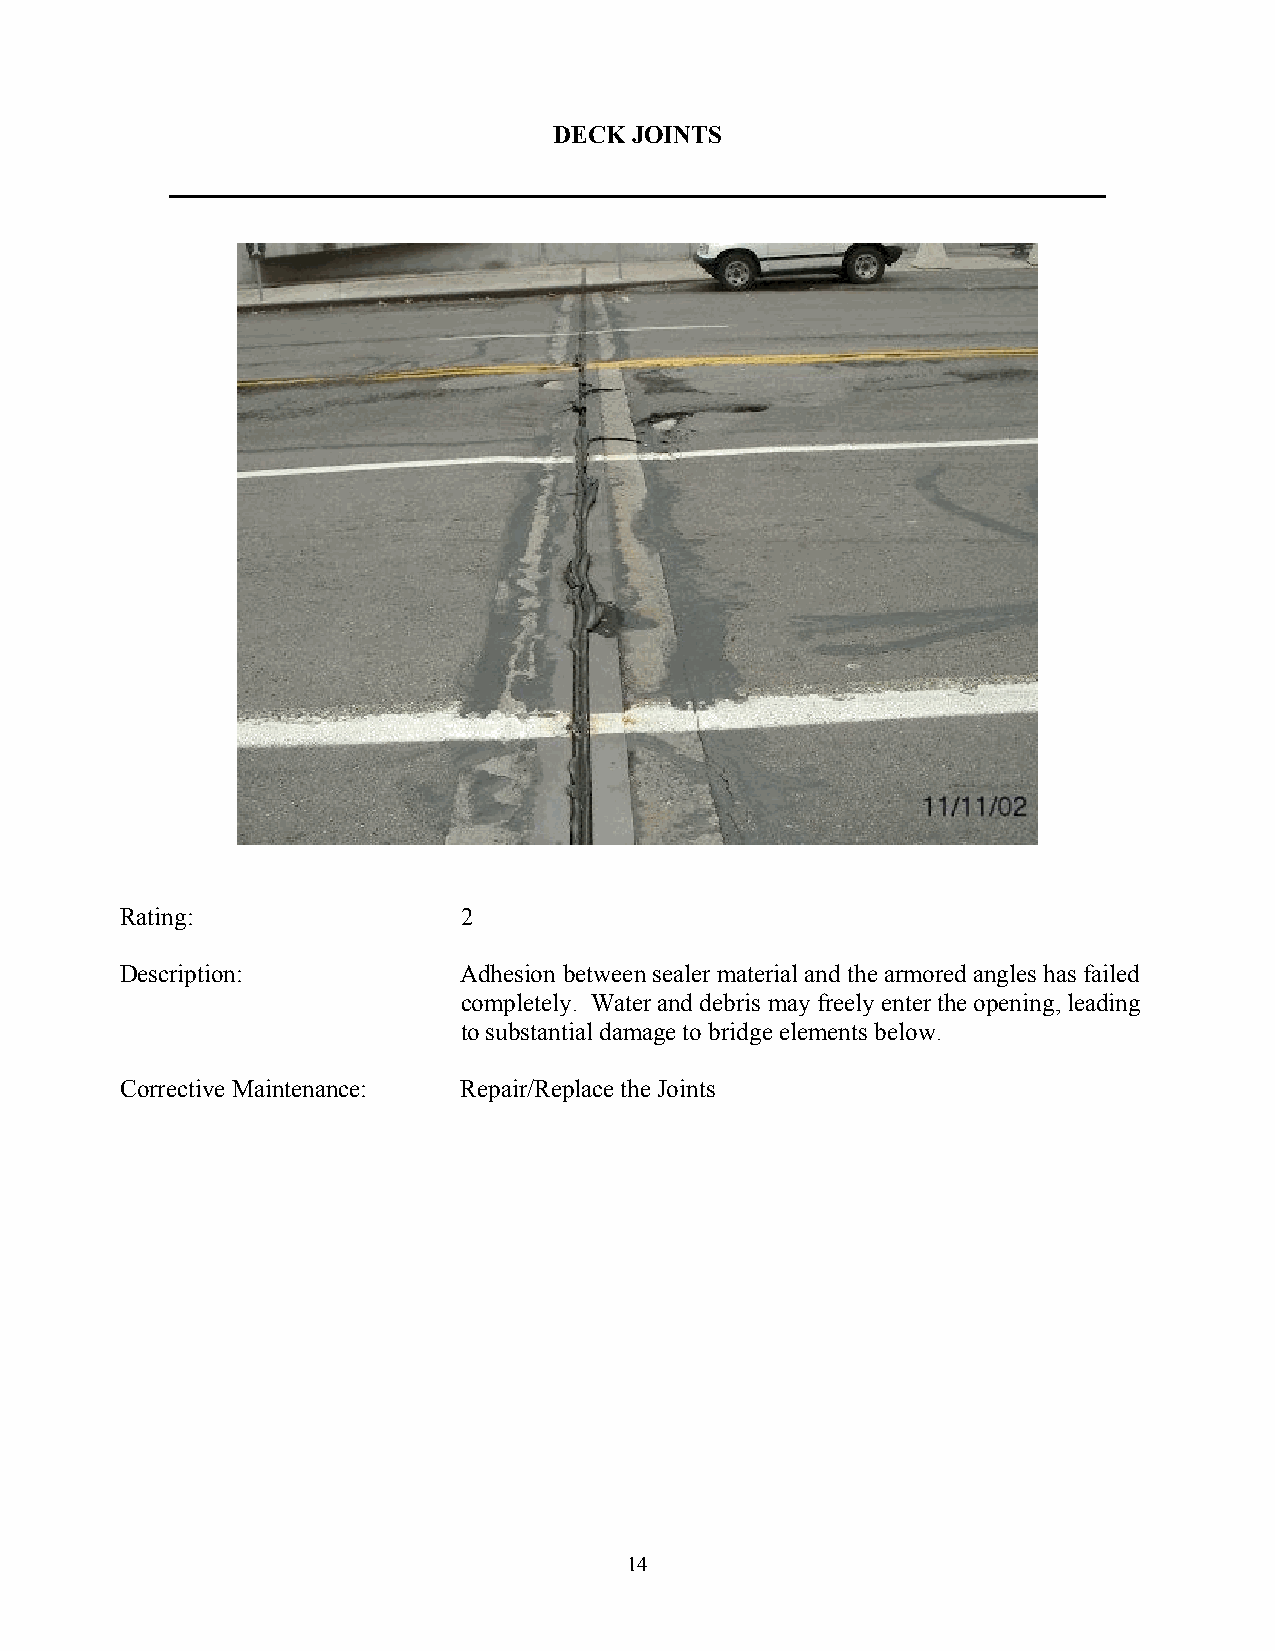
DECK JOINTS
 Rating:               2
 Description:          Adhesion between sealer material and the armored angles has failed
 completely. Water and debris may freely enter the opening, leading
 to substantial damage to bridge elements below.
 Corrective Maintenance: Repair/Replace the Joints
 14